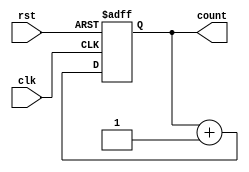
module counter (
    input  wire             clk,
    input  wire             rst,
    output reg [3:0]        count
);

parameter COUNTER_WIDTH = 4;

always @(posedge clk or posedge rst) begin
    if (rst) begin
        count <= 4'b0000;
    end else begin
        count <= count + 1;
    end
end

endmodule